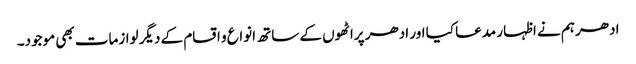
ادھر ہم نے اظہار مدعا کیا اور ادھر پراٹھوں کے ساتھ انواع و اقسام کے دیگر لوازمات بھی موجود۔